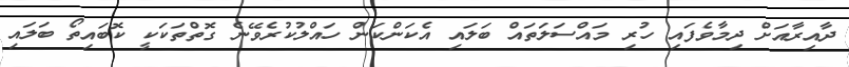
ދާއިރާއަށް ދިމާވެފައި ހުރި މައްސަލަތައް ބަލައި އެކަންކަން ހައްލުކުރެވޭނެ ގޮތްތަކަކީ ކޮބައިތޯ ބަލައި